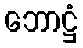
ဘောဋ္ဌံ